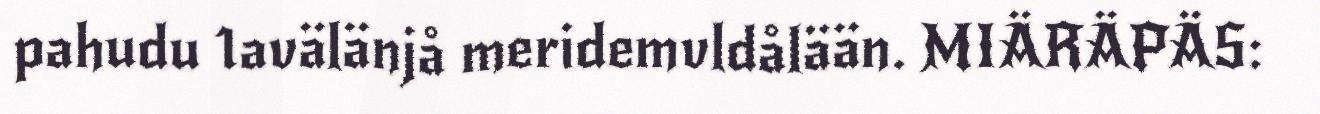
pahudu 1avälänjå meridemvldålään. MIÄRÄPÄS: